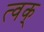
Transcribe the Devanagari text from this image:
त्वक्‌